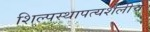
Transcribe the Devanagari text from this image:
शिल्पस्थापत्यशैलीचे